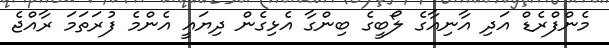
މެންފްރެޑް އަދި އާނިއާގެ ލޯބީގެ ބިންގާ އެޅިގެން ދިޔައީ އެންމެ ފުރަތަމަ ރާއްޖެ